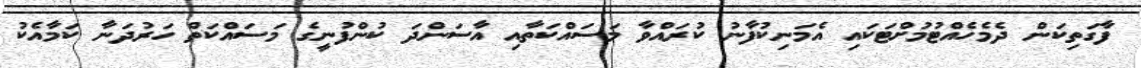
ފާގަތިކަން ދެމެހެއްޓުމުަށްޓަކައި އެމަނިކުފާނު ކުރައްވާ މަސައްކަތާއި އާސަންދަ ކުންފުނީގެ މަސައްކަތް ހަރުދަނާ ކަމާއެކު